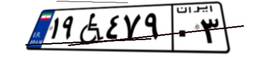
۴۳W۸۱۹۶۴